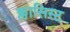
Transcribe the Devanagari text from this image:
क्लासिस्ट